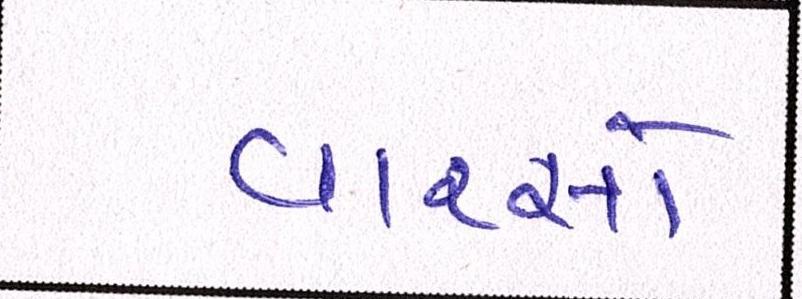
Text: વારસો